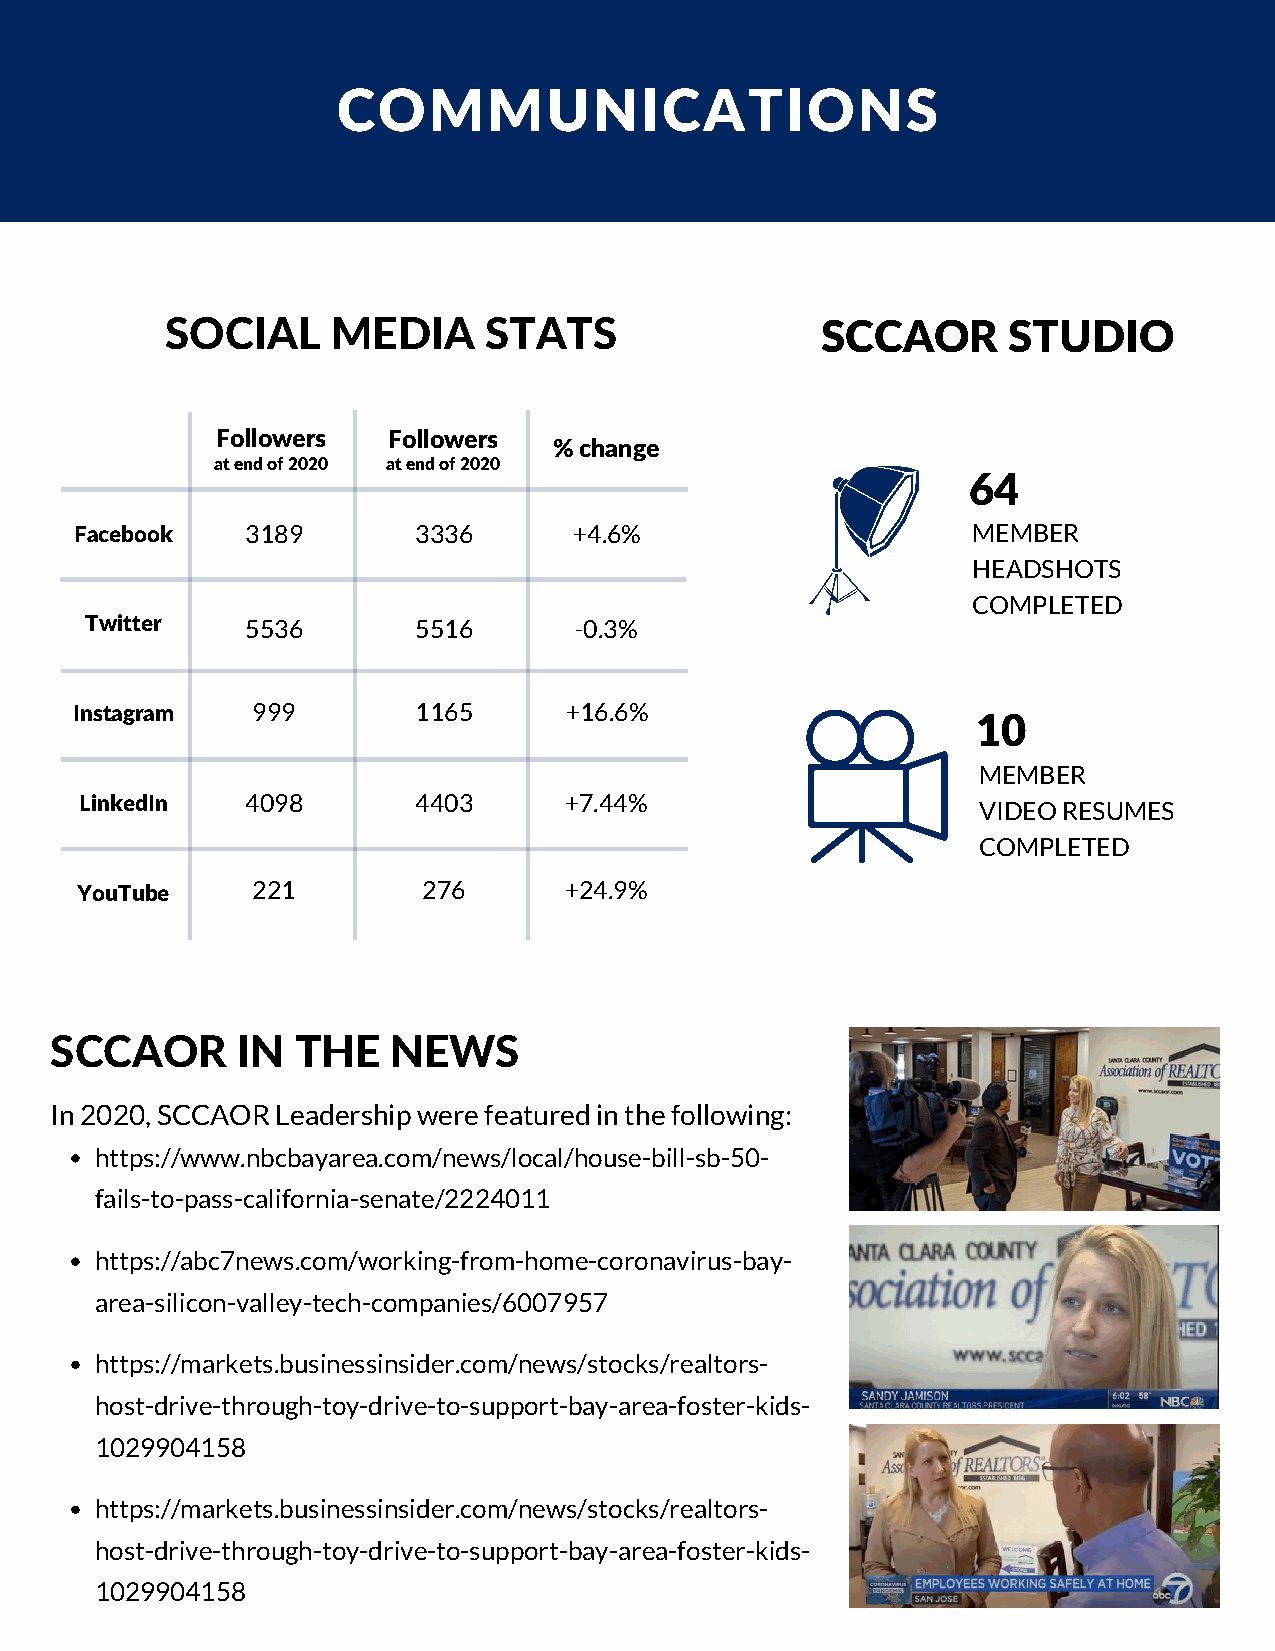
COMMUNICATIONS
 SOCIAL     MEDIA     STATS                 SCCAOR       STUDIO
 Followers   Followers
 % change
 at end of 2020 at end of 2020
 64
 Facebook   3189       3336       +4.6%                     MEMBER
 HEADSHOTS
 COMPLETED
 Twitter   5536       5516       -0.3%
 Instagram   999       1165      +16.6%
 10
 MEMBER
 LinkedIn   4098       4403      +7.44%
 VIDEO RESUMES
 COMPLETED
 YouTube     221        276      +24.9%
 SCCAOR       IN  THE   NEWS
 In 2020, SCCAOR Leadership were featured in the following:
 https://www.nbcbayarea.com/news/local/house-bill-sb-50-
 fails-to-pass-california-senate/2224011
 https://abc7news.com/working-from-home-coronavirus-bay-
 area-silicon-valley-tech-companies/6007957
 https://markets.businessinsider.com/news/stocks/realtors-
 host-drive-through-toy-drive-to-support-bay-area-foster-kids-
 1029904158
 https://markets.businessinsider.com/news/stocks/realtors-
 host-drive-through-toy-drive-to-support-bay-area-foster-kids-
 1029904158